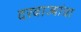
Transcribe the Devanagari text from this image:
दरवाज्यांचा